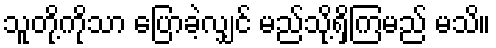
သူတို့ကိုသာ ပြောခဲ့လျှင် မည်သို့ရှိကြမည် မသိ။